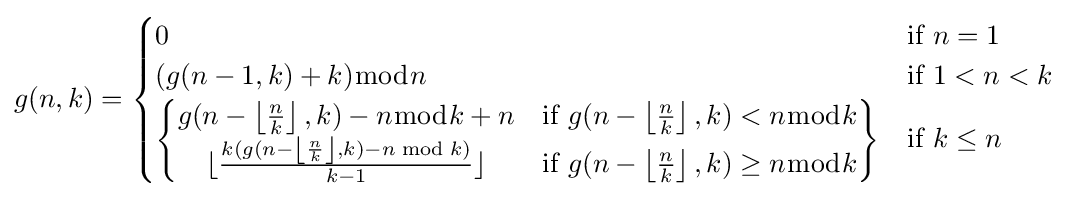
g(n,k)={\begin{cases}0&{\text{if }}n=1\\(g(n-1,k)+k){\bmod {n}}&{\text{if }}1<n<k\\{\begin{Bmatrix}g(n-\left\lfloor {\frac {n}{k}}\right\rfloor ,k)-n{\bmod {k}}+n&{\text{if }}g(n-\left\lfloor {\frac {n}{k}}\right\rfloor ,k)<n{\bmod {k}}\\\lfloor {\frac {k(g(n-\left\lfloor {\frac {n}{k}}\right\rfloor ,k)-n{\bmod {k}})}{k-1}}\rfloor &{\text{if }}g(n-\left\lfloor {\frac {n}{k}}\right\rfloor ,k)\geq n{\bmod {k}}\end{Bmatrix}}&{\text{if }}k\leq n\\\end{cases}}